Note on the mental hospitals in Burma - 1925-1940
Year: 1925
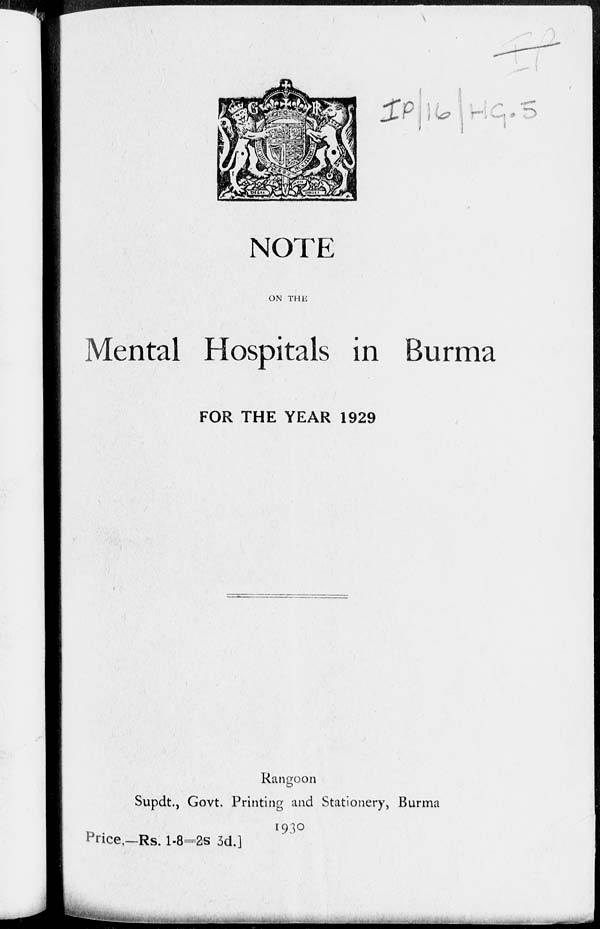
NOTE
ON THE
Mental Hospitals in Burma
FOR THE YEAR 1929
Rangoon
Supdt., Govt. Printing and Stationery, Burma
1930
Price,—Rs. 1-8-2s 3d.]